Lunatic asylums United Provinces 1909-1921 - 1909-1921
Year: 1909
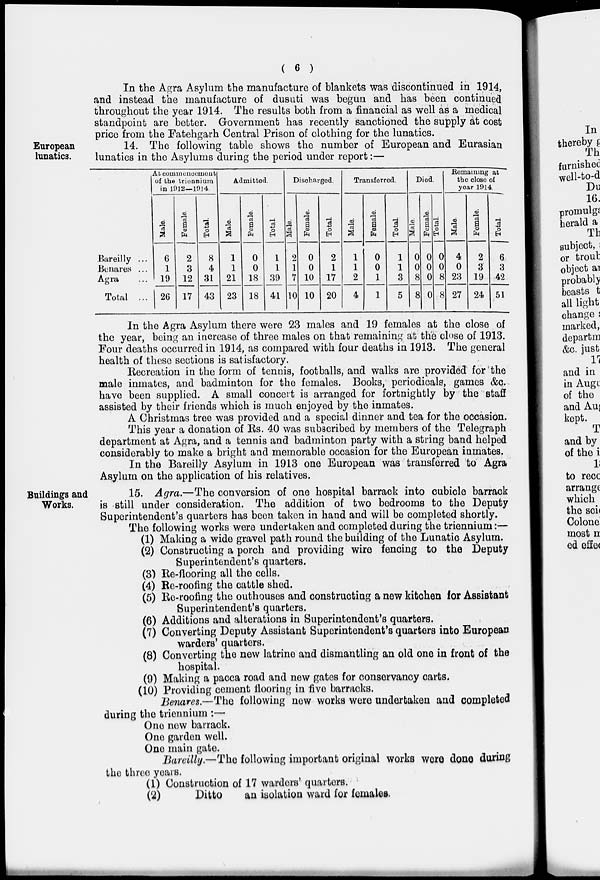
( 6 )
In the Agra Asylum the manufacture of blankets was discontinued in 1914,
and instead the manufacture of dusuti was begun and has been continued
throughout the year 1914. The results both from a financial as well as a medical
standpoint are better. Government has recently sanctioned the supply at cost
price from the Fatehgarh Central Prison of clothing for the lunatics.
European
lunatics.
14. The following table shows the number of European and Eurasian
lunatics in the Asylums during the period under report:—
Bareilly ...
Benares ...
Agra ...
Total ...
At commencement
of the triennium
in 1912—1914
Male.
6
1
19
26
Female.
2
3
12
17
Total.
8
4
31
43
Admitted.
Male.
1
1
21
23
Female.
0
0
18
18
Total.
1
1
39
41
Discharged.
Male.
2
1
7
10
Female.
0
0
10
10
Total.
2
1
17
20
Transferred.
Male.
1
1
2
4
Female.
0
0
1
1
Total.
1
1
3
5
Died.
Male.
0
0
8
8
Female.
0
0
0
0
Total.
0
0
8
8
Remaining at
the close of
year 1914.
Male.
4
0
23
27
Female.
2
3
19
24
Total.
6
3
42
51
In the Agra Asylum there were 23 males and 19 females at the close of
the year, being an increase of three males on that remaining at the close of 1913.
Four deaths occurred in 1914, as compared with four deaths in 1913. The general
health of these sections is satisfactory.
Recreation in the form of tennis, footballs, and walks are provided for the
male inmates, and badminton for the females. Books, periodicals, games &c.
have been supplied. A small concert is arranged for fortnightly by the staff
assisted by their friends which is much enjoyed by the inmates.
A Christmas tree was provided and a special dinner and tea for the occasion.
This year a donation of Rs. 40 was subscribed by members of the Telegraph
department at Agra, and a tennis and badminton party with a string band helped
considerably to make a bright and memorable occasion for the European inmates.
In the Bareilly Asylum in 1913 one European was transferred to Agra
Asylum on the application of his relatives.
Buildings and
Works.
15. Agra.—The conversion of one hospital barrack into cubicle barrack
is still under consideration. The addition of two bedrooms to the Deputy
Superintendent's quarters has been taken in hand and will be completed shortly.
The following works were undertaken and completed during the triennium:—
(1) Making a wide gravel path round the building of the Lunatic Asylum.
(2) Constructing a porch and providing wire fencing to the Deputy
Superintendent's quarters.
(3) Re-flooring all the cells.
(4) Re-roofing the cattle shed.
(5) Re-roofing the outhouses and constructing a new kitchen for Assistant
Superintendent's quarters.
(6) Additions and alterations in Superintendent's quarters.
(7) Converting Deputy Assistant Superintendent's quarters into European
warders' quarters.
(8) Converting the new latrine and dismantling an old one in front of the
hospital.
(9) Making a pacca road and new gates for conservancy carts.
(10) Providing cement flooring in five barracks.
Benares.—The following new works were undertaken and completed
during the triennium :—
One new barrack.
One garden well.
One main gate.
Bareilly.—The following important original works were done during
the three years.
(1) Construction of 17 warders' quarters.
(2)
Ditto
an isolation ward for females.